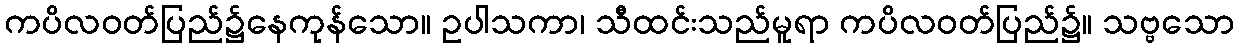
ကပိလဝတ်ပြည်၌နေကုန်သော။ ဥပါသကာ၊ သီထင်းသည်မူရာ ကပိလဝတ်ပြည်၌။ သဗ္ဗသော